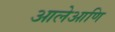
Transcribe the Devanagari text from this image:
आलेआणि